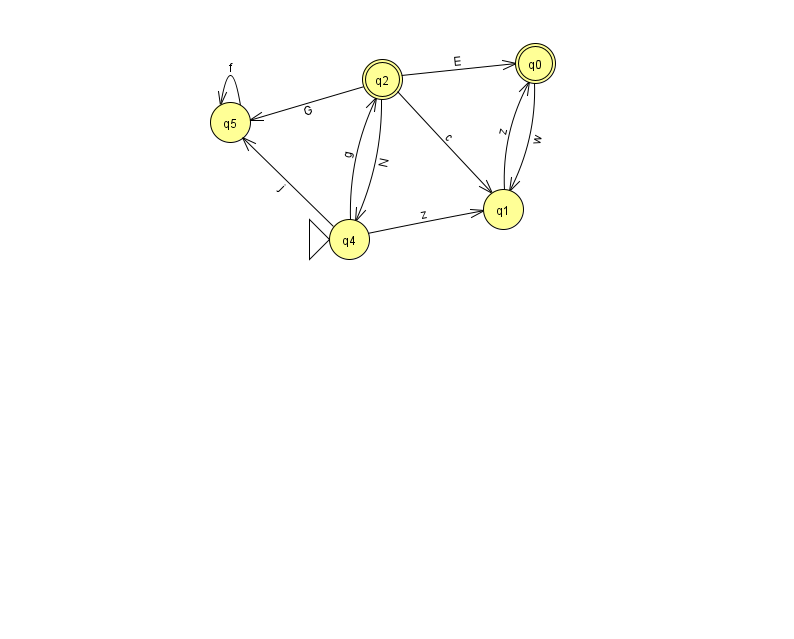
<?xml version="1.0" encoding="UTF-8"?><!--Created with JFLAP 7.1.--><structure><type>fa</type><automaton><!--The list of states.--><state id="0" name="q0"><x>535.0</x><y>50.0</y><final/></state><state id="1" name="q1"><x>503.0</x><y>196.0</y></state><state id="2" name="q2"><x>382.0</x><y>66.0</y><final/></state><state id="3" name="q3"><x>946.0</x><y>580.0</y></state><state id="4" name="q4"><x>349.0</x><y>226.0</y><initial/></state><state id="5" name="q5"><x>230.0</x><y>109.0</y></state><!--The list of transitions.--><transition><from>0</from><to>1</to><read>w</read></transition><transition><from>2</from><to>1</to><read>c</read></transition><transition><from>2</from><to>0</to><read>E</read></transition><transition><from>2</from><to>4</to><read>N</read></transition><transition><from>4</from><to>1</to><read>z</read></transition><transition><from>2</from><to>5</to><read>G</read></transition><transition><from>4</from><to>5</to><read>j</read></transition><transition><from>5</from><to>5</to><read>f</read></transition><transition><from>3</from><to>3</to><read>Z</read></transition><transition><from>4</from><to>2</to><read>g</read></transition><transition><from>1</from><to>0</to><read>z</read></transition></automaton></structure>